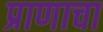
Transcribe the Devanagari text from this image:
प्राणाचा